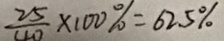
\frac { 2 5 } { 4 0 } \times 1 0 0 \% = 6 2 . 5 \%